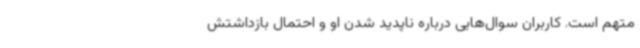
متهم است. کاربران سوال‌هایی درباره ناپدید شدن او و احتمال بازداشتش